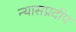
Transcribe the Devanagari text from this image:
न्यासप्रदीप